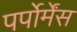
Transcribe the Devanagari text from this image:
पर्पोर्मेंस